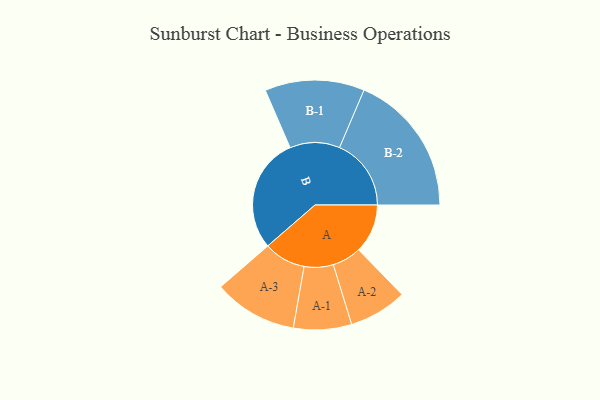
{"axis": {"x": "Segment", "y": "Value"}, "legend": ["", "A", "B"], "data": [{"x": "A", "y": 184, "type": ""}, {"x": "B", "y": 432, "type": ""}, {"x": "A-1", "y": 109, "type": "A"}, {"x": "A-2", "y": 109, "type": "A"}, {"x": "A-3", "y": 157, "type": "A"}, {"x": "B-1", "y": 187, "type": "B"}, {"x": "B-2", "y": 269, "type": "B"}]}